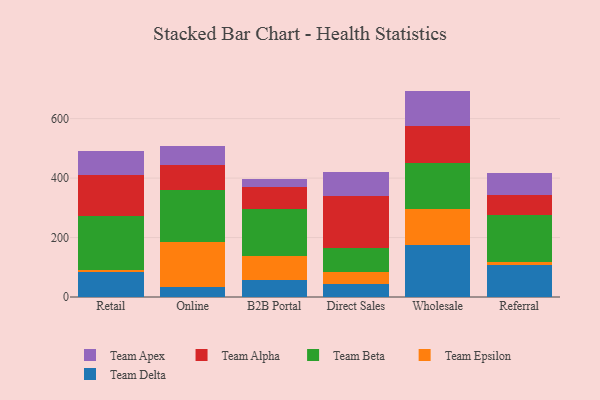
{"axis": {"x": "Channel", "y": "Demand Index"}, "legend": ["Team Alpha", "Team Apex", "Team Beta", "Team Delta", "Team Epsilon"], "data": [{"x": "Retail", "y": 83.2, "type": "Team Delta"}, {"x": "Retail", "y": 8.8, "type": "Team Epsilon"}, {"x": "Retail", "y": 178.9, "type": "Team Beta"}, {"x": "Retail", "y": 138.6, "type": "Team Alpha"}, {"x": "Retail", "y": 80.8, "type": "Team Apex"}, {"x": "Online", "y": 33.0, "type": "Team Delta"}, {"x": "Online", "y": 152.0, "type": "Team Epsilon"}, {"x": "Online", "y": 175.1, "type": "Team Beta"}, {"x": "Online", "y": 82.7, "type": "Team Alpha"}, {"x": "Online", "y": 66.7, "type": "Team Apex"}, {"x": "B2B Portal", "y": 56.9, "type": "Team Delta"}, {"x": "B2B Portal", "y": 80.8, "type": "Team Epsilon"}, {"x": "B2B Portal", "y": 158.2, "type": "Team Beta"}, {"x": "B2B Portal", "y": 73.0, "type": "Team Alpha"}, {"x": "B2B Portal", "y": 26.9, "type": "Team Apex"}, {"x": "Direct Sales", "y": 45.3, "type": "Team Delta"}, {"x": "Direct Sales", "y": 38.9, "type": "Team Epsilon"}, {"x": "Direct Sales", "y": 81.3, "type": "Team Beta"}, {"x": "Direct Sales", "y": 174.4, "type": "Team Alpha"}, {"x": "Direct Sales", "y": 81.1, "type": "Team Apex"}, {"x": "Wholesale", "y": 175.6, "type": "Team Delta"}, {"x": "Wholesale", "y": 119.7, "type": "Team Epsilon"}, {"x": "Wholesale", "y": 156.5, "type": "Team Beta"}, {"x": "Wholesale", "y": 122.7, "type": "Team Alpha"}, {"x": "Wholesale", "y": 119.0, "type": "Team Apex"}, {"x": "Referral", "y": 106.8, "type": "Team Delta"}, {"x": "Referral", "y": 11.4, "type": "Team Epsilon"}, {"x": "Referral", "y": 156.1, "type": "Team Beta"}, {"x": "Referral", "y": 68.4, "type": "Team Alpha"}, {"x": "Referral", "y": 73.1, "type": "Team Apex"}]}